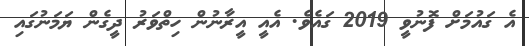
އެ ގައުމަށް ފޮނުވީ 2019 ގައެވެ. އެއީ އީރާނުން ހިތްވަރު ދީގެން ޔަމަނުގައި